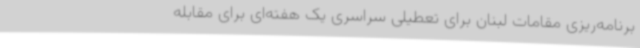
برنامه‌ریزی مقامات لبنان برای تعطیلی سراسری یک هفته‌ای برای مقابله